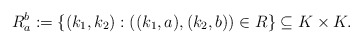
\begin{align*}R_a^b:=\{(k_1,k_2):((k_1,a),(k_2,b))\in R\}\subseteq K\times K.\end{align*}